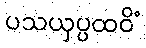
ပသယှပ္ပထဝိံ